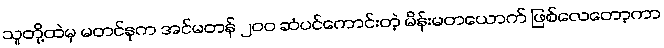
သူတို့ထဲမှ မတင်နုက အင်မတန် ၂၀၀ ဆံပင်ကောင်းတဲ့ မိန်းမတယောက် ဖြစ်လေတော့ကာ